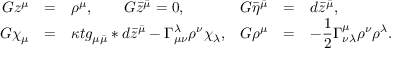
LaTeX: \begin{array} { r c l r c l } { { G z ^ { \mu } } } & { { = } } & { { \rho ^ { \mu } , \qquad \hfil G \bar { z } ^ { \bar { \mu } } = 0 , \hfil } } & { { G \bar { \eta } ^ { \bar { \mu } } } } & { { = } } & { { d \bar { z } ^ { \bar { \mu } } , } } \\ { { G \chi _ { \mu } } } & { { = } } & { { \kappa t g _ { \mu \bar { \mu } } * d \bar { z } ^ { \bar { \mu } } - \Gamma _ { \mu \nu } ^ { \lambda } \rho ^ { \nu } \chi _ { \lambda } , } } & { { G \rho ^ { \mu } } } & { { = } } & { { - \displaystyle \frac { 1 } { 2 } \Gamma _ { \nu \lambda } ^ { \mu } \rho ^ { \nu } \rho ^ { \lambda } . } } \end{array}